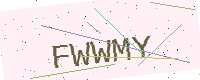
Text: FWWMY